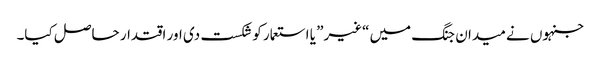
جنہوں نے میدان جنگ میں “غیر” یا استعمار کو شکست دی اور اقتدار حاصل کیا۔